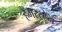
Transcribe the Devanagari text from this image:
हैमरस्टेन